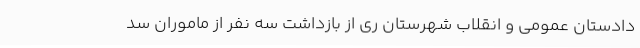
دادستان عمومی و انقلاب شهرستان ری از بازداشت سه نفر از ماموران سد